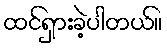
ထင်ရှားခဲ့ပါတယ်။